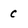
Character: c